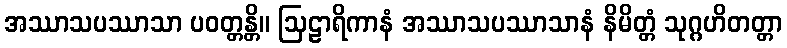
အဿာသပဿာသာ ပဝတ္တန္တိ။ ဩဠာရိကာနံ အဿာသပဿာသာနံ နိမိတ္တံ သုဂ္ဂဟိတတ္တာ